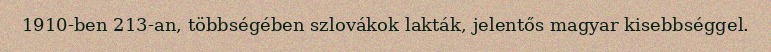
1910-ben 213-an, többségében szlovákok lakták, jelentős magyar kisebbséggel.